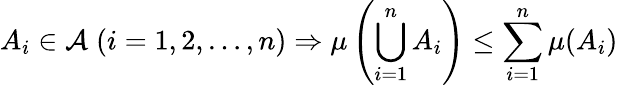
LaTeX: A_{i}\in{\mathcal{A}}\; (i=1,2,\dotsc,n)\Rightarrow\mu\left(\bigcup_{i=1}^{n}A_{i}\right)\leq\sum_{i=1}^{n}\mu(A_{i})